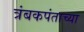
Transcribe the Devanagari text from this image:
त्रंबकपंताच्या